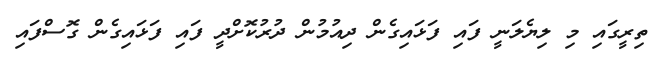
ތިރީގައި މި ލިޔެލަނީ ފައި ފަޅައިގެން ދިއުމުން ދުރުކޮށްދީ ފައި ފަޅައިގެން ގޮސްފައި